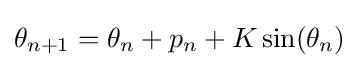
\theta _{n+1}=\theta _{n}+p_{n}+K\sin(\theta _{n})